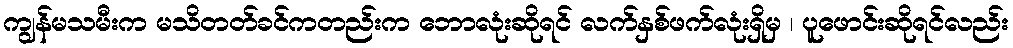
ကျွန်မသမီးက မသိတတ်ခင်ကတည်းက ဘောလုံးဆိုရင် လက်နှစ်ဖက်လုံးရှိမှ ၊ ပူဖောင်းဆိုရင်လည်း